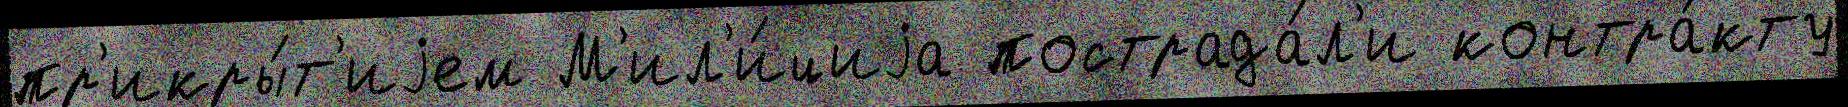
пр'икры́т'иjем М'ил'и́циjа пострада́л'и контра́кту